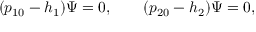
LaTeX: ( p _ { 1 0 } - h _ { 1 } ) \Psi = 0 , \qquad ( p _ { 2 0 } - h _ { 2 } ) \Psi = 0 ,